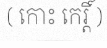
( កោះ កេរ្តិ៍ )